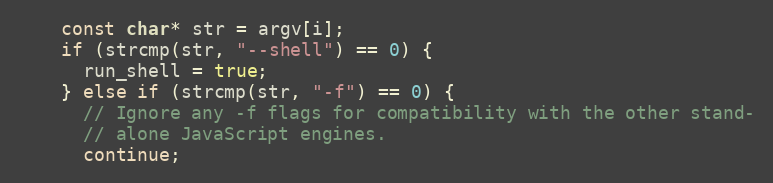
Language: C++
    const char* str = argv[i];
    if (strcmp(str, "--shell") == 0) {
      run_shell = true;
    } else if (strcmp(str, "-f") == 0) {
      // Ignore any -f flags for compatibility with the other stand-
      // alone JavaScript engines.
      continue;